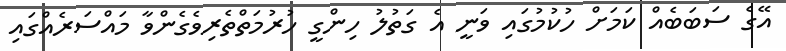
އޭގެ ސަބަބެއް ކަމަށް ހުކުމުގައި ވަނީ އެ ގަތުލު ހިންގީ ހުރުމަތްތެރިވެގެންވާ މައްސަރެއްގައި